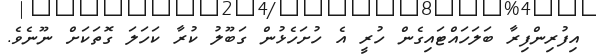
އިފުރިންފިރާ ބަލަހައްޓައިގެން ހުރީ އެ ހުށަހެޅުން ގަބޫލު ކުރާ ކަހަލަ ގޮތަކަށް ނޫނެވެ.